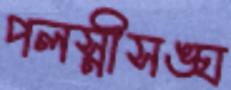
পলস্নীসঙ্ঘ